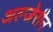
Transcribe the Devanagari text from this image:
अल्जेरीन